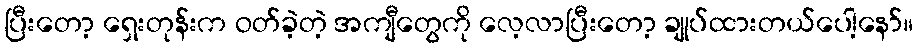
ပြီးတော့ ရှေးတုန်းက ဝတ်ခဲ့တဲ့ အကျီတွေကို လေ့လာပြီးတော့ ချုပ်ထားတယ်ပေါ့နော်။